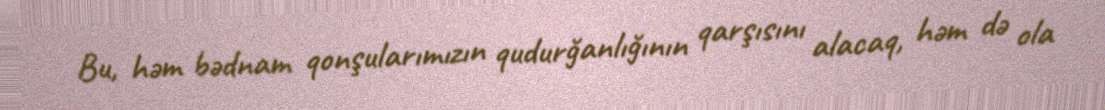
Bu, həm bədnam qonşularımızın qudurğanlığının qarşısını alacaq, həm də ola